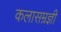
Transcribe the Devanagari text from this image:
कलासम्रज्ञी